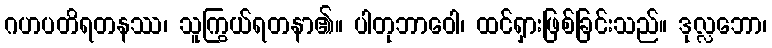
ဂဟပတိရတနဿ၊ သူကြွယ်ရတနာ၏။ ပါတုဘာဝေါ၊ ထင်ရှားဖြစ်ခြင်းသည်။ ဒုလ္လဘော၊